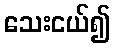
သေးငယ်၍